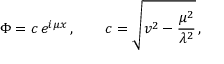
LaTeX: \Phi = c \, e ^ { i \mu x } \, , \qquad c = \sqrt { v ^ { 2 } - { \frac { \mu ^ { 2 } } { \lambda ^ { 2 } } } } \, ,